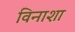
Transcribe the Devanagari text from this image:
विनाशा